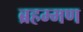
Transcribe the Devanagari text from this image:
ब्रहम्मण